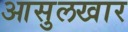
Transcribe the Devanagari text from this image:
आसुलखार